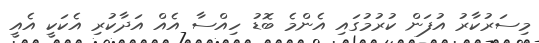
މިސަރުކާރު އުފަން ކުރުމުގައި އެންމެ ބޮޑު ހިއްސާ އެއް އަދާކުރި އެކަކީ އެއީ